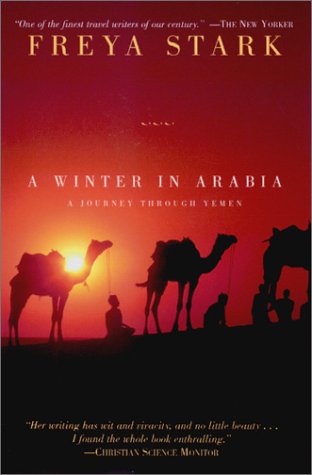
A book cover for A Winter in Arabia: A Journey Through Yemen; Freya Stark; History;